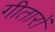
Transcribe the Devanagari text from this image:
गीतारों